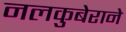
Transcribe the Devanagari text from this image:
नलकुबेराने